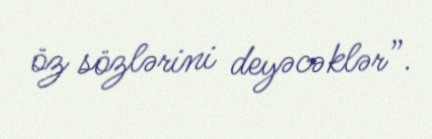
öz sözlərini deyəcəklər”.